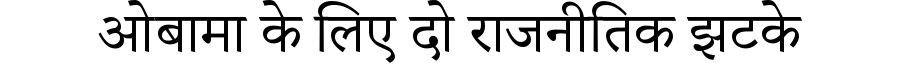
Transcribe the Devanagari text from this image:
ओबामा के लिए दो राजनीतिक झटके